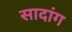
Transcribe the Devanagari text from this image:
सादांग